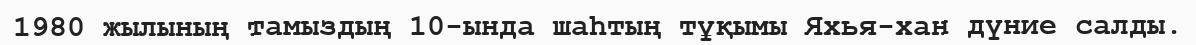
1980 жылының тамыздың 10-ында шаһтың тұқымы Яхья-хан дүние салды.